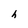
Character: h